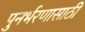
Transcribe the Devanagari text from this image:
पुनर्भरणासाठी